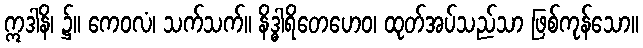
ဣဒါနိ၊ ၌။ ကေဝလံ၊ သက်သက်။ နိဒ္ဓါရိတေဟေဝ၊ ထုတ်အပ်သည်သာ ဖြစ်ကုန်သော။